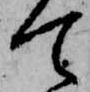
て